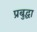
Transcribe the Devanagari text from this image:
प्रबुद्धा